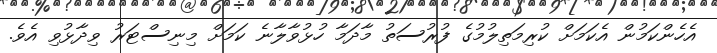
އެހެންކަމުން އެކަމަށް ކުރިމަތިލުމުގެ ފުރުސަތު މާދަމާ ހުޅުވާލާނެ ކަމަށް މިނިސްޓަރު ވިދާޅުވި އެވެ.